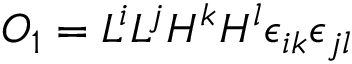
{ \cal O } _ { 1 } = L ^ { i } L ^ { j } H ^ { k } H ^ { l } \epsilon _ { i k } \epsilon _ { j l }